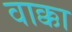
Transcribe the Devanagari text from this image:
वाक्का